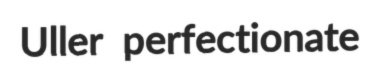
Uller perfectionate